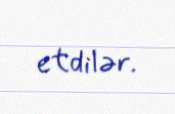
etdilər.